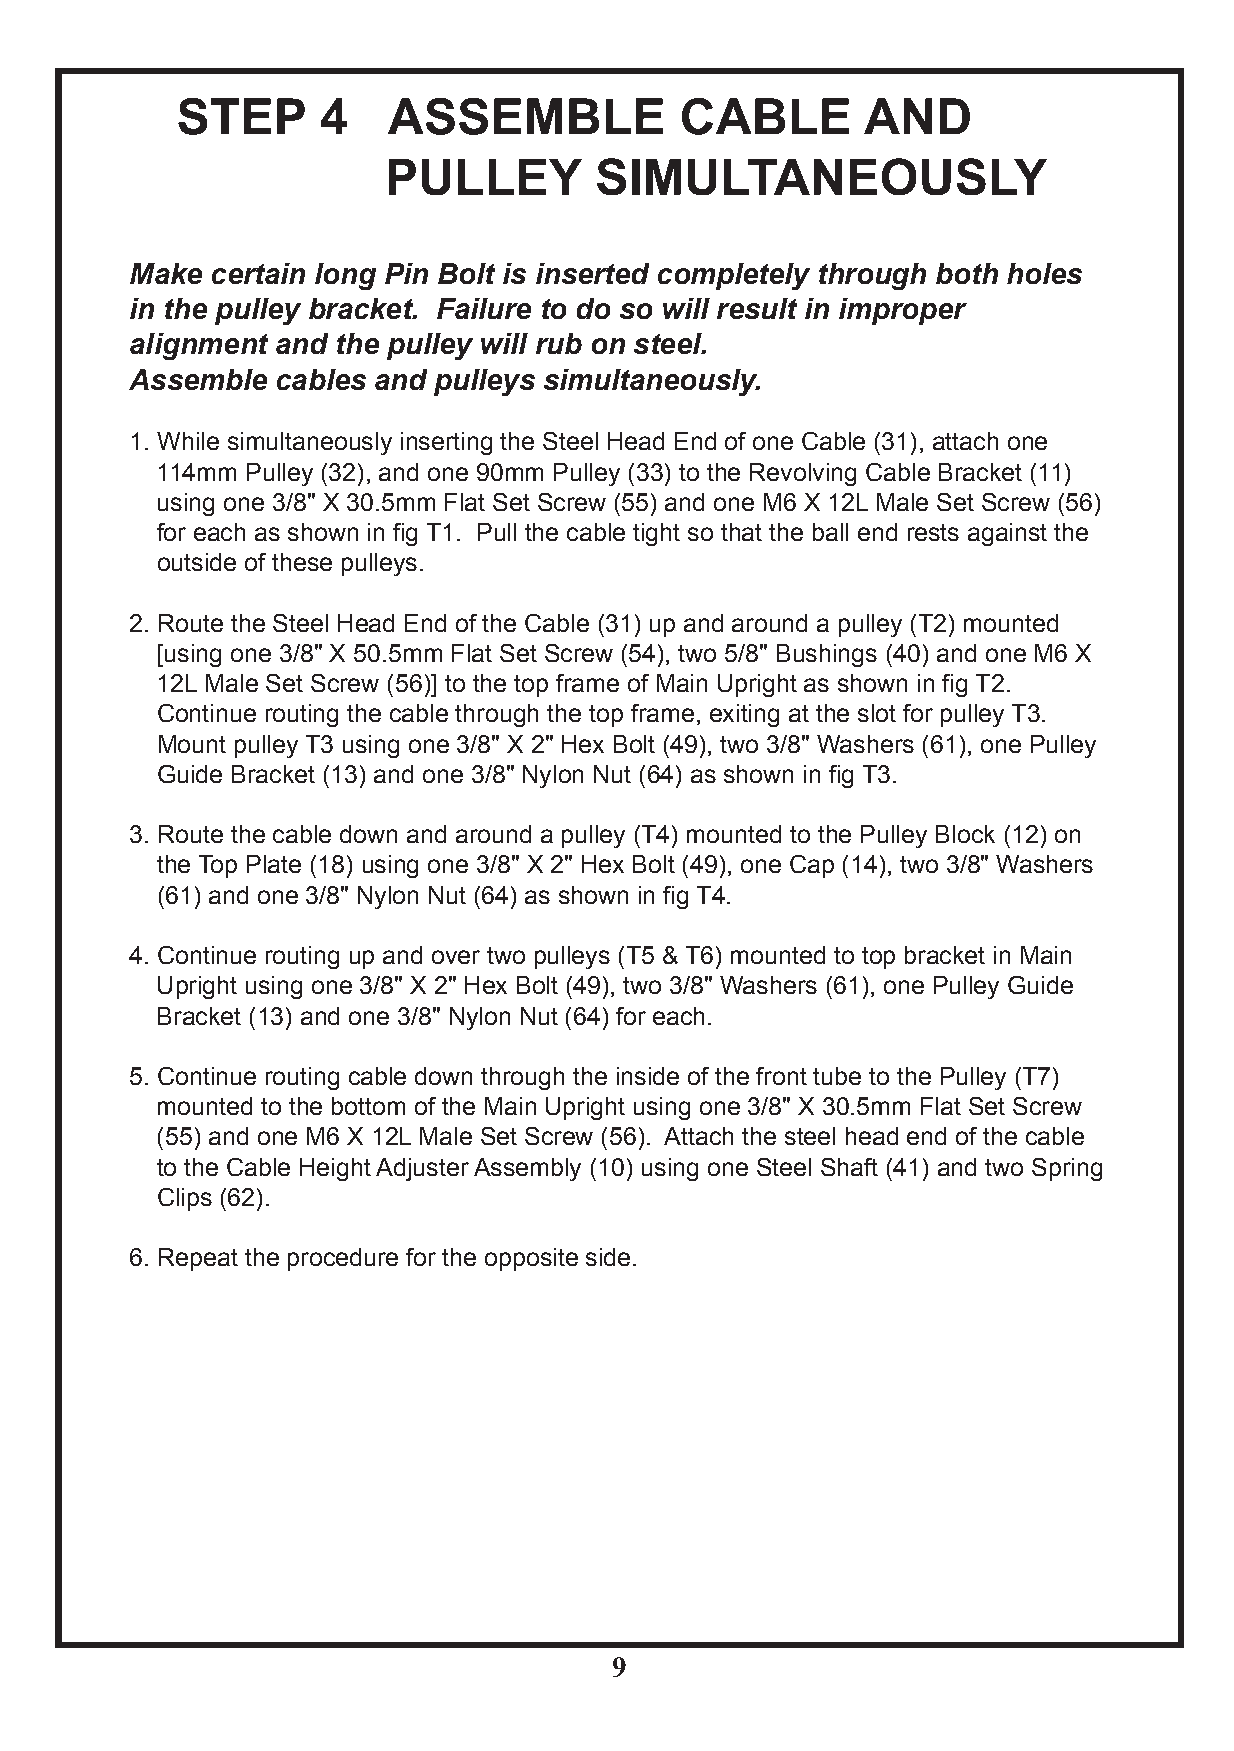
STEP     4    ASSEMBLE           CABLE       AND
 PULLEY        SIMULTANEOUSLY
 Make certain long Pin Bolt is inserted completely through both holes
 in the pulley bracket. Failure to do so will result in improper
 alignment and the pulley will rub on steel.
 Assemble cables and pulleys simultaneously.
 1. While simultaneously inserting the Steel Head End of one Cable (31), attach one
 114mm Pulley (32), and one 90mm Pulley (33) to the Revolving Cable Bracket (11)
 using one 3/8" X 30.5mm Flat Set Screw (55) and one M6 X 12L Male Set Screw (56)
 for each as shown in fig T1. Pull the cable tight so that the ball end rests against the
 outside of these pulleys.
 2. Route the Steel Head End of the Cable (31) up and around a pulley (T2) mounted
 [using one 3/8" X 50.5mm Flat Set Screw (54), two 5/8" Bushings (40) and one M6 X
 12L Male Set Screw (56)] to the top frame of Main Upright as shown in fig T2.
 Continue routing the cable through the top frame, exiting at the slot for pulley T3.
 Mount pulley T3 using one 3/8" X 2" Hex Bolt (49), two 3/8" Washers (61), one Pulley
 Guide Bracket (13) and one 3/8" Nylon Nut (64) as shown in fig T3.
 3. Route the cable down and around a pulley (T4) mounted to the Pulley Block (12) on
 the Top Plate (18) using one 3/8" X 2" Hex Bolt (49), one Cap (14), two 3/8" Washers
 (61) and one 3/8" Nylon Nut (64) as shown in fig T4.
 4. Continue routing up and over two pulleys (T5 & T6) mounted to top bracket in Main
 Upright using one 3/8" X 2" Hex Bolt (49), two 3/8" Washers (61), one Pulley Guide
 Bracket (13) and one 3/8" Nylon Nut (64) for each.
 5. Continue routing cable down through the inside of the front tube to the Pulley (T7)
 mounted to the bottom of the Main Upright using one 3/8" X 30.5mm Flat Set Screw
 (55) and one M6 X 12L Male Set Screw (56). Attach the steel head end of the cable
 to the Cable Height Adjuster Assembly (10) using one Steel Shaft (41) and two Spring
 Clips (62).
 6. Repeat the procedure for the opposite side.
 9